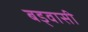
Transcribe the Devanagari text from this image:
बड्वासी